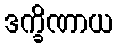
ဒက္ခိဏာယ